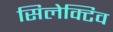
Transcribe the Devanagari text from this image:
सिलेक्टिव